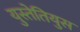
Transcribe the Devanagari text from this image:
युस्तेतियुस